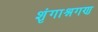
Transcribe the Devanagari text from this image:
शृंगाश्नगण